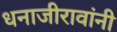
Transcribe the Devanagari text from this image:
धनाजीरावांनी